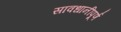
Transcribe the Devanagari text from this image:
सावधानीपूर्ण